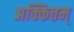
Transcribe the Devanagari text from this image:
अक्कित्तम्